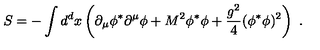
S = - \int d ^ { d } x \left( \partial _ { \mu } \phi ^ { * } \partial ^ { \mu } \phi + M ^ { 2 } \phi ^ { * } \phi + \frac { g ^ { 2 } } { 4 } ( \phi ^ { * } \phi ) ^ { 2 } \right) \ .